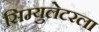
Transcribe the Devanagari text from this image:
सिम्युलेटरला